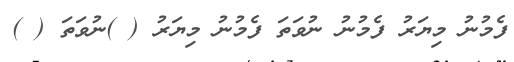
ފެމުނު މިޔަރު ފެމުނު ނުވަތަ ފެމުނު މިޔަރު ( )ނުވަތަ ( )